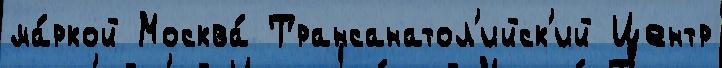
ма́ркой Москва́ Трансанатол'ийск'ий Центр